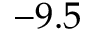
- 9 . 5